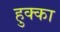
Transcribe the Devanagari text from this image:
हुक्‍का